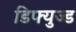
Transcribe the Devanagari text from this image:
डिफ्युज्ड